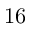
1 6